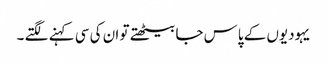
یہودیوں کے پاس جا بیٹھتے تو ان کی سی کہنے لگتے ۔